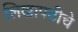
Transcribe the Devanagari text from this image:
लिखापढीचे